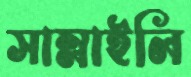
সাম্‌লাইলি